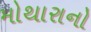
મોથારાનો